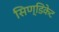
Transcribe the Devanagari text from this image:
सिण्डिकेट